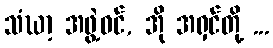
သံဃာ့ အဖွဲ့ဝင်, အို အရှင်တို့ ...